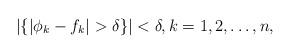
LaTeX: \begin{align*}|\{|\phi_k-f_k|>\delta\}|<\delta,k=1,2,\ldots,n,\end{align*}